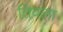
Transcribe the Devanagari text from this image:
तिवला